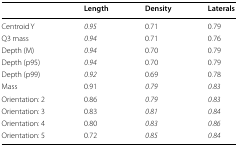
|  | Length | Density | Laterals |
 | --- | --- | --- | --- |
 | Centroid Y | 0.95 | 0.71 | 0.79 |
 | Q3 mass | 0.94 | 0.71 | 0.76 |
 | Depth (M) | 0.94 | 0.70 | 0.79 |
 | Depth (p95) | 0.94 | 0.70 | 0.79 |
 | Depth (p99) | 0.92 | 0.69 | 0.78 |
 | Mass | 0.91 | 0.79 | 0.83 |
 | Orientation: 2 | 0.86 | 0.79 | 0.83 |
 | Orientation: 3 | 0.83 | 0.81 | 0.84 |
 | Orientation: 4 | 0.80 | 0.83 | 0.86 |
 | Orientation: 5 | 0.72 | 0.85 | 0.84 |